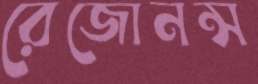
রেজোনন্স